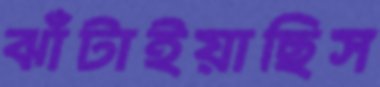
ঝাঁটাইয়াছিস